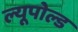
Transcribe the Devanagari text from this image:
ल्यूपोल्ड